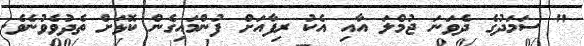
" ސަމަދުގެ ދެވަނަ ޖުމްލަ އާއި އެކު ރިފާއަށް ފުންމައިގެން ކޮޅަށް ތެދުވެވުނެވެ.